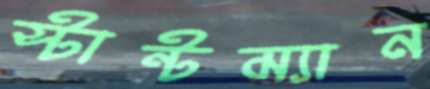
স্টান্টম্যান